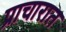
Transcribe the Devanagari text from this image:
प्राचारात